Proceedings of the meeting of veterinary officers in India
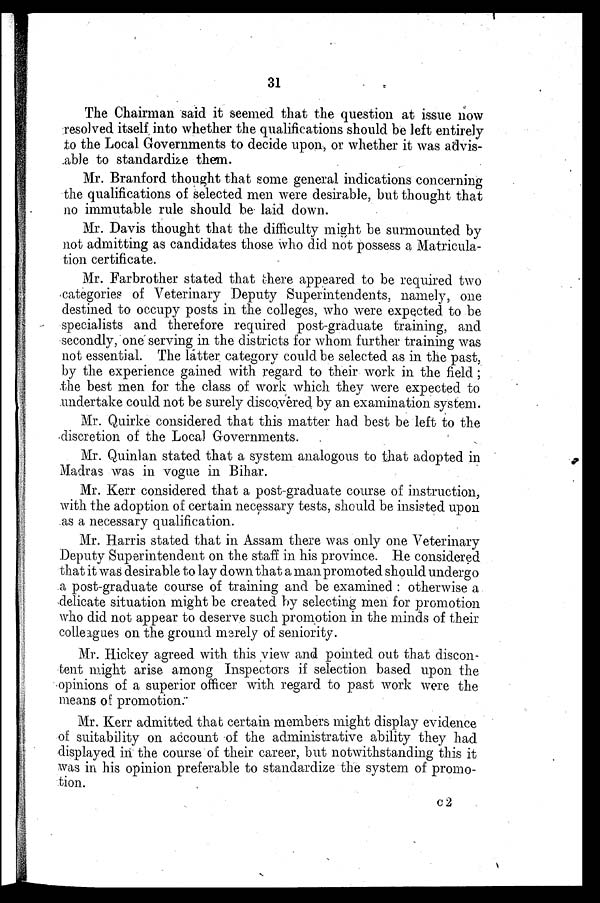
31
The Chairman said it seemed that the question at issue now
resolved itself into whether the qualifications should be left entirely
to the Local Governments to decide upon, or whether it was advis-
able to standardize them.
Mr. Branford thought that some general indications concerning
the qualifications of selected men were desirable, but thought that
no immutable rule should be laid down.
Mr. Davis thought that the difficulty might be surmounted by
not admitting as candidates those who did not possess a Matricula-
tion certificate.
Mr. Farbrother stated that there appeared to be required two
categories of Veterinary Deputy Superintendents, namely, one
destined to occupy posts in the colleges, who were expected to be
specialists and therefore required post-graduate training, and
secondly, one serving in the districts for whom further training was
not essential. The latter category could be selected as in the past,
by the experience gained with regard to their work in the field;
the best men for the class of work which they were expected to
undertake could not be surely discovered by an examination system.
Mr. Quirke considered that this matter had best be left to the
discretion of the Local Governments.
Mr. Quinlan stated that a system analogous to that adopted in
Madras was in vogue in Bihar.
Mr. Kerr considered that a post-graduate course of instruction,
with the adoption of certain necessary tests, should be insisted upon
as a necessary qualification.
Mr. Harris stated that in Assam there was only one Veterinary
Deputy Superintendent on the staff in his province. He considered
that it was desirable to lay down that a man promoted should undergo
a post-graduate course of training and be examined: otherwise a
delicate situation might be created by selecting men for promotion
who did not appear to deserve such promotion in the minds of their
colleagues on the ground merely of seniority.
Mr. Hickey agreed with this view and pointed out that discon-
tent might arise among Inspectors if selection based upon the
opinions of a superior officer with regard to past work were the
means of promotion.
Mr. Kerr admitted that certain members might display evidence
of suitability on account of the administrative ability they had
displayed in the course of their career, but notwithstanding this it
was in his opinion preferable to standardize the system of promo-
tion.
C 2